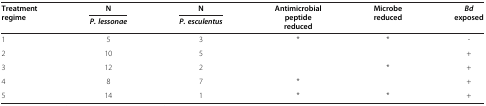
<table><thead><tr><td rowspan="2"><b>Treatment regime</b></td><td><b>N</b></td><td><b>N</b></td><td rowspan="2"><b>Antimicrobial peptide reduced</b></td><td rowspan="2"><b>Microbe reduced</b></td><td rowspan="2"><b><i>Bd </i>exposed</b></td></tr><tr><td><b><i>P. lessonae</i></b></td><td><b><i>P. esculentus</i></b></td></tr></thead><tbody><tr><td>1</td><td>5</td><td>3</td><td>*</td><td>*</td><td>-</td></tr><tr><td>2</td><td>10</td><td>5</td><td> </td><td> </td><td>+</td></tr><tr><td>3</td><td>12</td><td>2</td><td> </td><td>*</td><td>+</td></tr><tr><td>4</td><td>8</td><td>7</td><td>*</td><td> </td><td>+</td></tr><tr><td>5</td><td>14</td><td>1</td><td>*</td><td>*</td><td>+</td></tr></tbody></table>